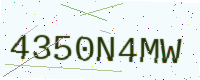
Text: 4350N4MW